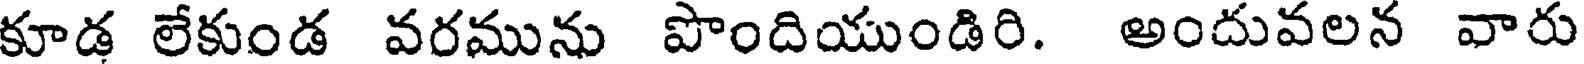
కూడ లేకుండ వరమును పొందియుండిరి. అందువలన వారు